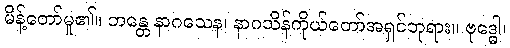
မိန့်တော်မူ၏။ ဘန္တေ နာဂသေန၊ နာဂသိန်ကိုယ်တော်အရှင်ဘုရား။ ဗုဒ္ဓေါ၊